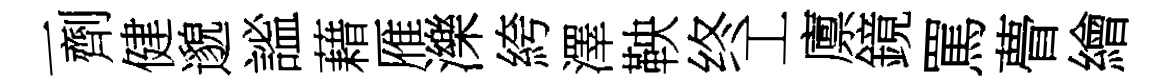
一劑健邈謐藉雁濼絝澤鞅终工廪鏡罵瞢繪